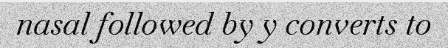
nasal followed by y converts to